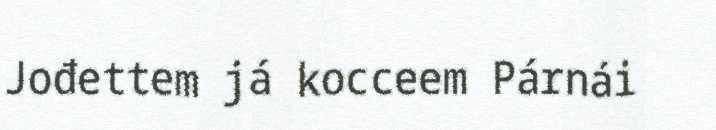
Jođettem já kocceem Párnái